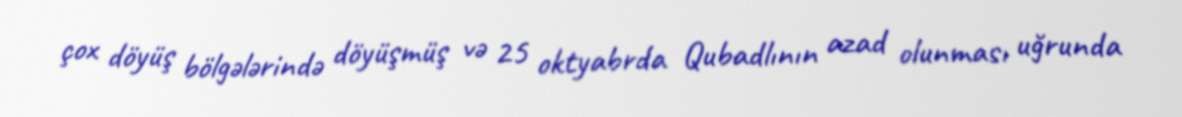
çox döyüş bölgələrində döyüşmüş və 25 oktyabrda Qubadlının azad olunması uğrunda